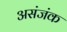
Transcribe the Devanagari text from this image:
असंजंक